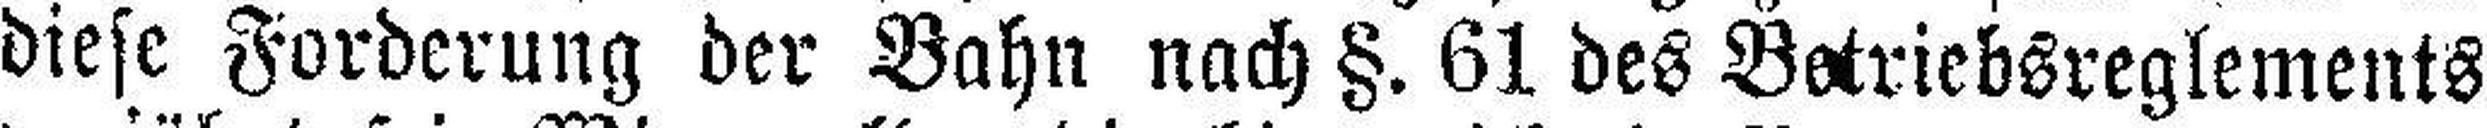
diese Forderung der Bahn nach §. 61 des Betriebsreglements